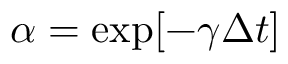
\alpha = \exp [ - \gamma \Delta t ]